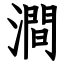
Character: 澗